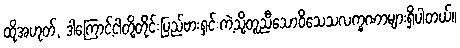
ထိုအဟုတ်, ဒါကြောင့်ငါတို့တိုင်းပြည်ဗားရှင်းကဲ့သို့တူညီသောဝိသေသလက္ခဏာများရှိပါတယ်။